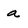
Character: a